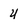
Character: u